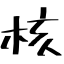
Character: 核